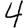
Digit: 4